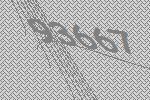
93667